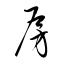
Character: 房